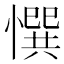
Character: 㦏